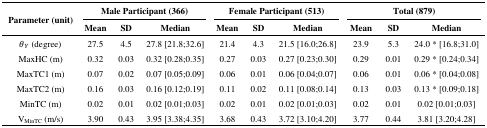
<table><thead><tr><td rowspan="3"><b>Parameter (unit)</b></td><td colspan="3"><b>Male Participant (366)</b></td><td colspan="3"><b>Female Participant (513)</b></td><td colspan="3"><b>Total (879)</b></td></tr><tr><td><b>Mean</b></td><td><b>SD</b></td><td><b>Median</b></td><td><b>Mean</b></td><td><b>SD</b></td><td><b>Median</b></td><td><b>Mean</b></td><td><b>SD</b></td><td><b>Median</b></td></tr></thead><tbody><tr><td><i>θ<sub>Y</sub></i> (degree)</td><td>27.5</td><td>4.5</td><td>27.8 [21.8;32.6]</td><td>21.4</td><td>4.3</td><td>21.5 [16.0;26.8]</td><td>23.9</td><td>5.3</td><td>24.0 * [16.8;31.0]</td></tr><tr><td>MaxHC (m)</td><td>0.32</td><td>0.03</td><td>0.32 [0.28;0.35]</td><td>0.27</td><td>0.03</td><td>0.27 [0.23;0.30]</td><td>0.29</td><td>0.01</td><td>0.29 * [0.24;0.34]</td></tr><tr><td>MaxTC1 (m)</td><td>0.07</td><td>0.02</td><td>0.07 [0.05;0.09]</td><td>0.06</td><td>0.01</td><td>0.06 [0.04;0.07]</td><td>0.06</td><td>0.01</td><td>0.06 * [0.04;0.08]</td></tr><tr><td>MaxTC2 (m)</td><td>0.16</td><td>0.03</td><td>0.16 [0.12;0.19]</td><td>0.11</td><td>0.02</td><td>0.11 [0.08;0.14]</td><td>0.13</td><td>0.03</td><td>0.13 * [0.09;0.18]</td></tr><tr><td>MinTC (m)</td><td>0.02</td><td>0.01</td><td>0.02 [0.01;0.03]</td><td>0.02</td><td>0.01</td><td>0.02 [0.01;0.03]</td><td>0.02</td><td>0.01</td><td>0.02 [0.01;0.03]</td></tr><tr><td>V<sub>MinTC</sub> (m/s)</td><td>3.90</td><td>0.43</td><td>3.95 [3.38;4.35]</td><td>3.68</td><td>0.43</td><td>3.72 [3.10;4.20]</td><td>3.77</td><td>0.44</td><td>3.81 [3.20;4.28]</td></tr></tbody></table>